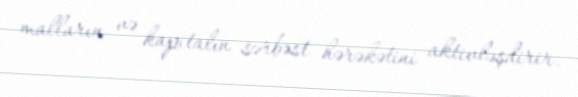
malların və kapitalın sərbəst hərəkətini aktivləşdirir.